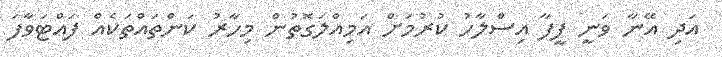
އަދި އޭނާ ވަނީ ފީފާ އިސްލާހު ކުރުމަށް އަމިއްލަގޮތުން މިހާރު ކަންތައްތަކެއް ފައްޓަވާފަ